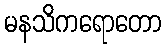
မနသိကရောတော